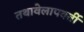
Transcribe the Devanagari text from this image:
तथावेलापवर्ती